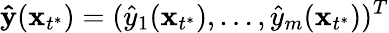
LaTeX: \mathbf{\hat{y}}(\mathbf x_{t^{*}})=({\hat{y}}_{1}(\mathbf x_{t^{*}}),...,{\hat{y}}_{m}(\mathbf x_{t^{*}}))^{T}